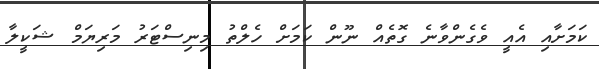
ކަމަށާއި އެއީ ވެގެންވާނެ ގޮތެއް ނޫން ކަމަށް ހެލްތު މިނިސްޓަރު މަރިޔަމް ޝަކީލާ